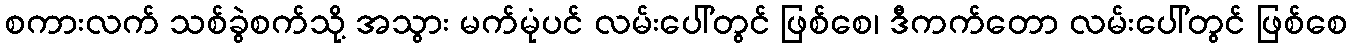
စကားလက် သစ်ခွဲစက်သို့ အသွား မက်မုံပင် လမ်းပေါ်တွင် ဖြစ်စေ၊ ဒီကက်တော လမ်းပေါ်တွင် ဖြစ်စေ